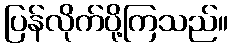
ပြန်လိုက်ပို့ကြသည်။